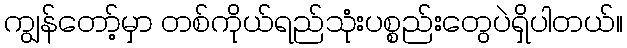
ကျွန်တော့်မှာ တစ်ကိုယ်ရည်သုံးပစ္စည်းတွေပဲရှိပါတယ်။